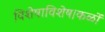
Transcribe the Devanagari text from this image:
विशेषाविशेष।कळों